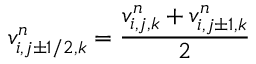
v _ { i , j \pm 1 / 2 , k } ^ { n } = \frac { v _ { i , j , k } ^ { n } + v _ { i , j \pm 1 , k } ^ { n } } { 2 }